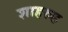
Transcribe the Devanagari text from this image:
शाहरुह